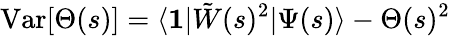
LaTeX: \mathrm{Var}[\Theta(s)]=\langle\mathbf{1}|\tilde{W}(s)^{2}|\Psi(s)\rangle-\Theta(s)^{2}